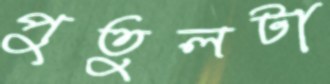
পুতুলটা